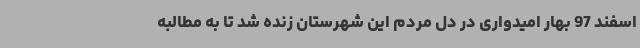
اسفند 97 بهار امیدواری در دل مردم این شهرستان زنده شد تا به مطالبه